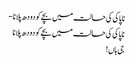
ناپاکی کی حالت میں بچےکو دودھ پلانا -
ناپاکی کی حالت میں بچےکو دودھ پلانا
جی ہاں !